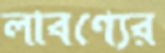
লাবণ্যের